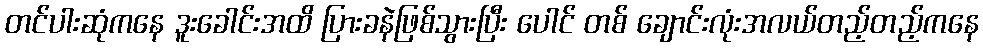
တင်ပါးဆုံကနေ ဒူးခေါင်းအထိ ပြားခနဲဖြစ်သွားပြီး ပေါင် တစ် ချောင်းလုံးအလယ်တည့်တည့်ကနေ